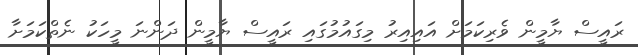
ރައީސް ޔާމީން ވެރިކަމަށް އައިއިރު މިގައުމުގައި ރައީސް ޔާމީން ދަންނަ މީހަކު ނެތްކަމަށާ